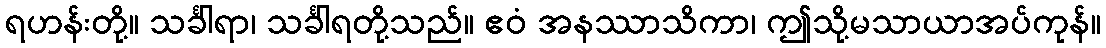
ရဟန်းတို့။ သင်္ခါရာ၊ သင်္ခါရတို့သည်။ ဧဝံ အနဿာသိကာ၊ ဤသို့မသာယာအပ်ကုန်။